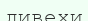
дивехи